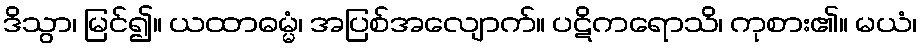
ဒိသွာ၊ မြင်၍။ ယထာဓမ္မံ၊ အပြစ်အလျောက်။ ပဋိကရောသိ၊ ကုစား၏။ မယံ၊